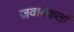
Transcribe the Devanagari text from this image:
जवाबकर्ता